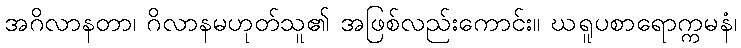
အဂိလာနတာ၊ ဂိလာနမဟုတ်သူ၏ အဖြစ်လည်းကောင်း။ ဃရူပစာရောက္ကမနံ၊